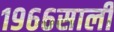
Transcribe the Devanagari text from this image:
१९६६साली